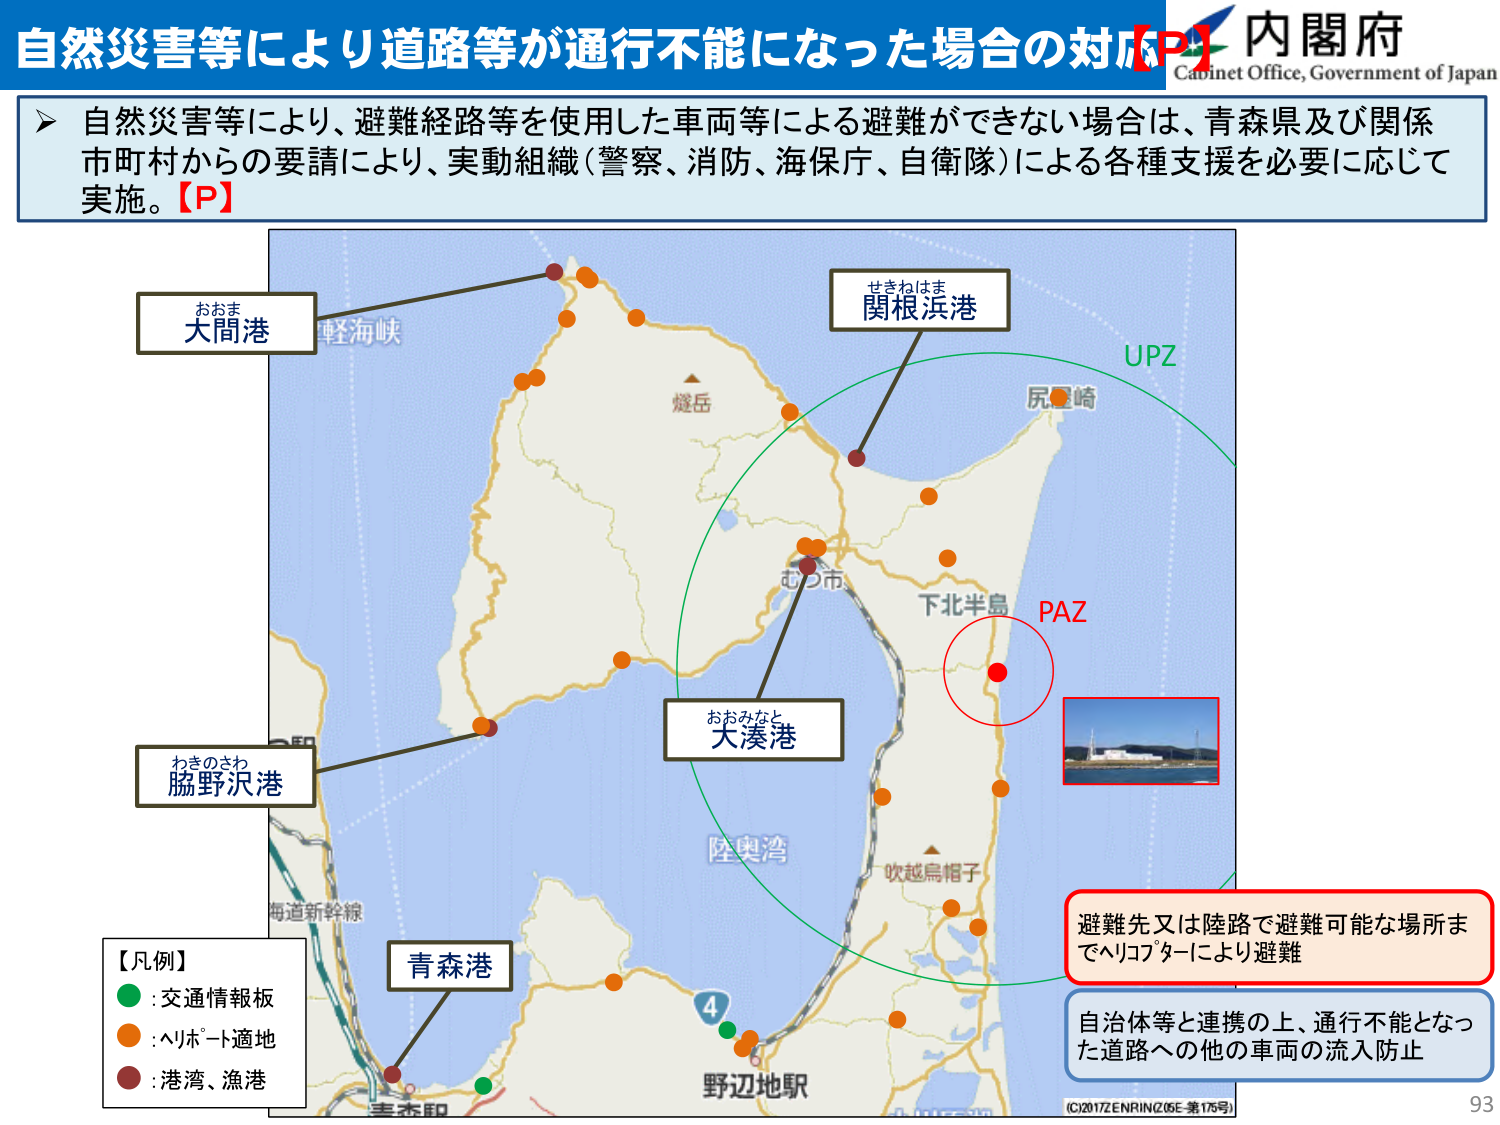
自然災害等により道路等が通行不能になった場合の対応【P】
内閣府
Cabinet Office, Government of Japan

▶ 自然災害等により、避難経路等を使用した車両等による避難ができない場合は、青森県及び関係市町村からの要請により、実動組織（警察、消防、海保庁、自衛隊）による各種支援を必要に応じて実施。【P】

おおま
大間港
軽海峽

せきねはま
関根浜港
UPZ
尻屋崎

むつ市
下北半島
PAZ

おおみなと
大湊港

わきのさわ
脇野沢港

陸奥湾
吹越烏帽子

毎道新幹線

【凡例】
● : 交通情報板
● : ヘリポート適地
● : 港湾、漁港

青森港

4
野辺地駅

避難先又は陸路で避難可能な場所までヘリコプターにより避難

自治体等と連携の上、通行不能となった道路への他の車両の流入防止

(C)2017ZENRIN(205E 第176号)
93